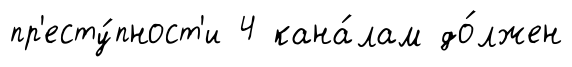
пр'есту́пност'и 4 кана́лам до́лжен